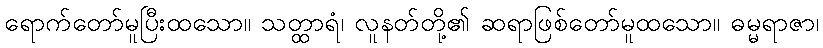
ရောက်တော်မူပြီးထသော။ သတ္ထာရံ၊ လူနတ်တို့၏ ဆရာဖြစ်တော်မူထသော။ ဓမ္မရာဇာ၊